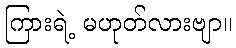
ကြားရဲ့ မဟုတ်လားဗျာ။